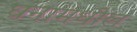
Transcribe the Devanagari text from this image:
घनामधील